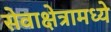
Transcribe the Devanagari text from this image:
सेवाक्षेत्रामध्ये